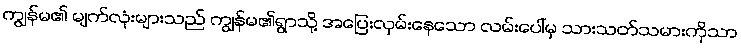
ကျွန်မ၏ မျက်လုံးများသည် ကျွန်မ၏ရွာသို့ အပြေးလှမ်းနေသော လမ်းပေါ်မှ သားသတ်သမားကိုသာ